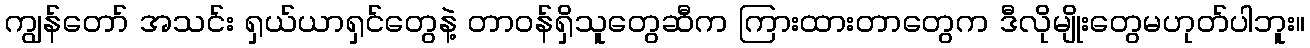
ကျွန်တော် အသင်း ရှယ်ယာရှင်တွေနဲ့ တာဝန်ရှိသူတွေဆီက ကြားထားတာတွေက ဒီလိုမျိုးတွေမဟုတ်ပါဘူး။